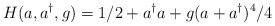
LaTeX: \begin{align*}H(a,a^{\dag },g)=1/2+a^{\dag }a+g(a+a^{\dag })^{4}/4\end{align*}